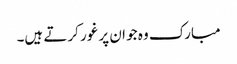
مبارک وہ جو ان پر غور کرتے ہیں۔